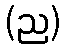
(ည)